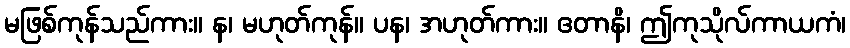
မဖြစ်ကုန်သည်ကား။ န၊ မဟုတ်ကုန်။ ပန၊ အဟုတ်ကား။ ဧတာနိ၊ ဤကုသိုလ်ကာယကံ၊